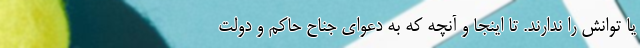
یا توانش را ندارند. تا اینجا و آنچه که به دعوای جناح حاکم و دولت